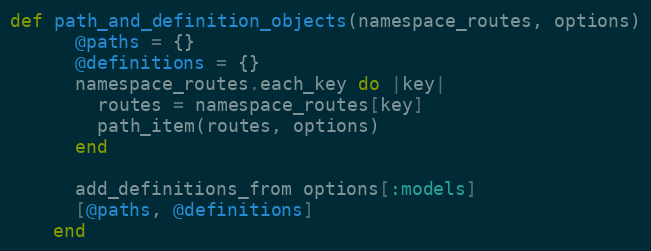
Language: Ruby
def path_and_definition_objects(namespace_routes, options)
      @paths = {}
      @definitions = {}
      namespace_routes.each_key do |key|
        routes = namespace_routes[key]
        path_item(routes, options)
      end

      add_definitions_from options[:models]
      [@paths, @definitions]
    end